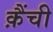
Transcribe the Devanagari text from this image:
क़ैंची